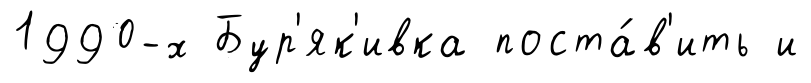
1990-х Бур'як'ивка поста́в'ить и